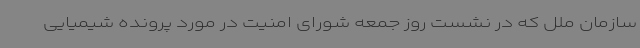
سازمان ملل که در نشست روز جمعه‌ شورای امنیت در مورد پرونده شیمیایی